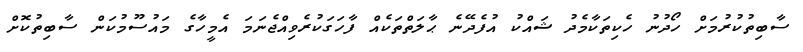
ސާބިތުކުރުމަށް ހޯދުނު ހެކިތަކާމެދު ޝައްކު އުފެދޭނެ ޙާލަތްތަކެއް ފާހަގަކުރެވިއްޖެނަމަ އެމީހާގެ މައުސޫމުކަން ސާބިތުކޮށް